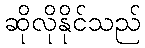
ဆိုလိုနိုင်သည်